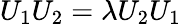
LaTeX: U_{1}U_{2}=\lambda U_{2}U_{1}